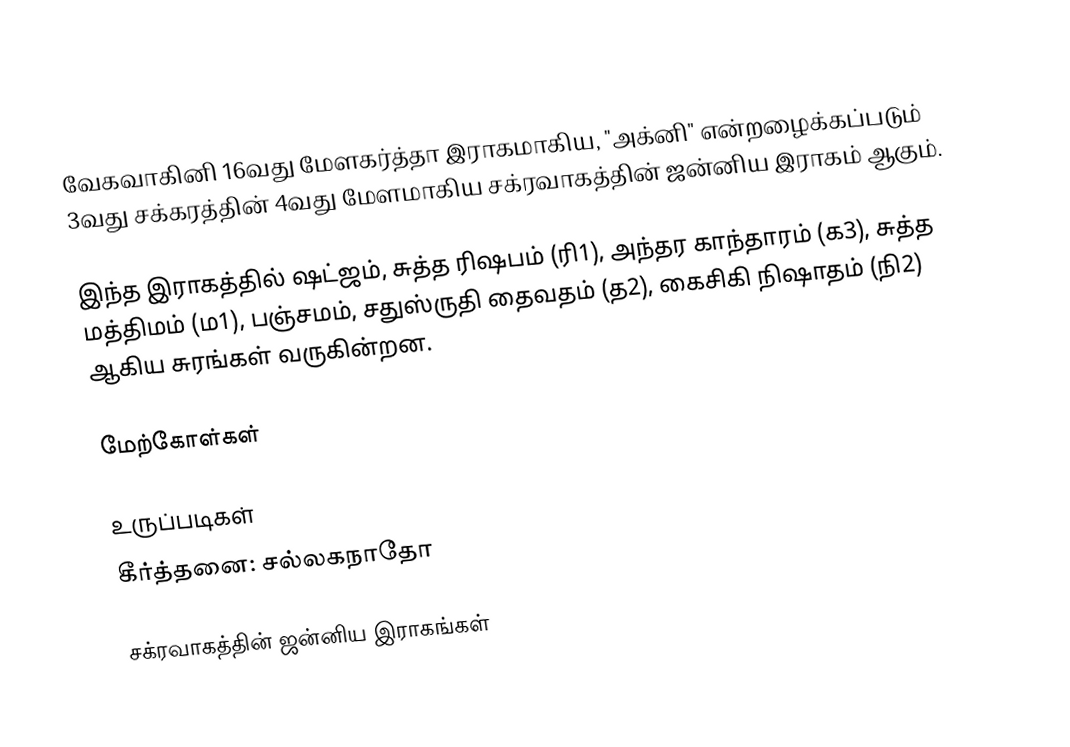
வேகவாகினி 16வது மேளகர்த்தா இராகமாகிய, "அக்னி" என்றழைக்கப்படும் 3வது சக்கரத்தின் 4வது மேளமாகிய சக்ரவாகத்தின் ஜன்னிய இராகம் ஆகும்.

இந்த இராகத்தில் ஷட்ஜம், சுத்த ரிஷபம் (ரி1), அந்தர காந்தாரம் (க3), சுத்த மத்திமம் (ம1), பஞ்சமம், சதுஸ்ருதி தைவதம் (த2), கைசிகி நிஷாதம் (நி2) ஆகிய சுரங்கள் வருகின்றன.

மேற்கோள்கள்

உருப்படிகள்
 கீர்த்தனை: சல்லகநாதோ

சக்ரவாகத்தின் ஜன்னிய இராகங்கள்